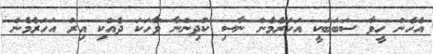
އެހެން ހީވާ ސަބަބަކީ އަހަރެމެން ނާސި ކުދިންނާ ވާހަކަ ދެއްކި އިރު އަހަރެމެން